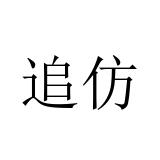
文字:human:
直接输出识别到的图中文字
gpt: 追仿